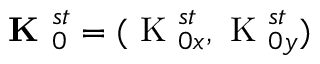
\textbf { K } _ { 0 } ^ { s t } = ( \textrm { K } _ { 0 x } ^ { s t } , \textrm { K } _ { 0 y } ^ { s t } )